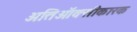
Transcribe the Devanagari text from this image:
अतिऑक्सीकारक